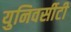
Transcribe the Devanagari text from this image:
युनिवर्सीटी